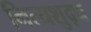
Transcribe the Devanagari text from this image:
नित्यशुद्ध